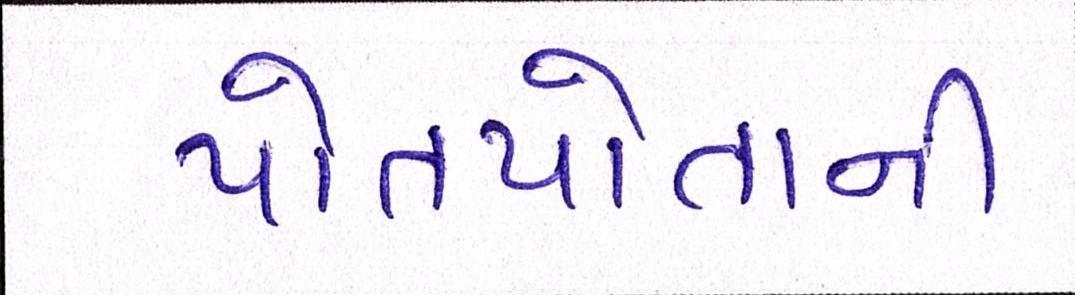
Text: પોતપોતાની